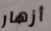
أزهار